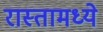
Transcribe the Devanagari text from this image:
रास्तामध्ये